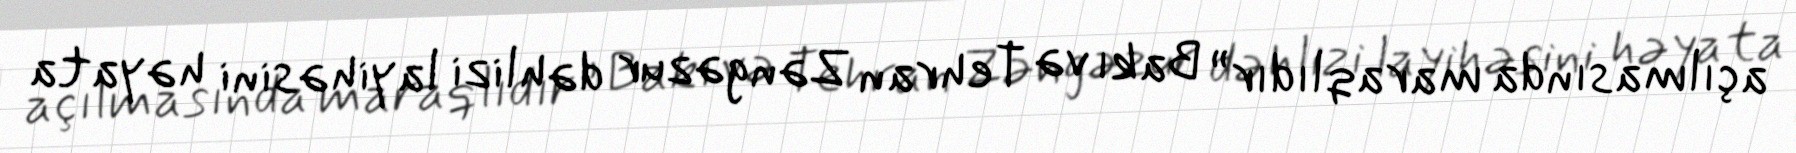
açılmasında maraqlıdır” Bakı və Tehran Zəngəzur dəhlizi layihəsini həyata